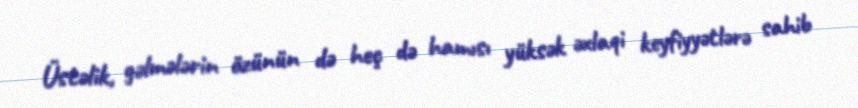
Üstəlik, gəlmələrin özünün də heç də hamısı yüksək əxlaqi keyfiyyətlərə sahib